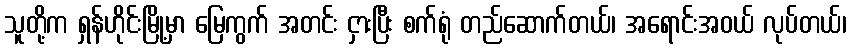
သူတို့က ရှန်ဟိုင်းမြို့မှာ မြေကွက် အတင်း ငှားပြီး စက်ရုံ တည်ဆောက်တယ်၊ အရောင်းအဝယ် လုပ်တယ်၊